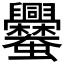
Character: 𧖥